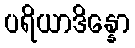
ပရိယာဒိန္နော